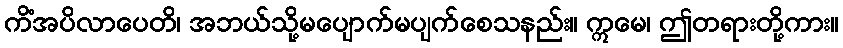
ကိံအပိလာပေတိ၊ အဘယ်သို့မပျောက်မပျက်စေသနည်း။ ဣမေ၊ ဤတရားတို့ကား။